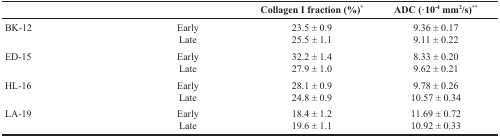
|  |  | Collagen I fraction (%)* | ADC (·10−4 mm2/s)** |
 | --- | --- | --- | --- |
 | BK-12 | EarlyLate | 23.5 ± 0.925.5 ± 1.1 | 9.36 ± 0.179.11 ± 0.22 |
 | ED-15 | EarlyLate | 32.2 ± 1.427.9 ± 1.0 | 8.33 ± 0.209.62 ± 0.21 |
 | HL-16 | EarlyLate | 28.1 ± 0.924.8 ± 0.9 | 9.78 ± 0.2610.57 ± 0.34 |
 | LA-19 | EarlyLate | 18.4 ± 1.219.6 ± 1.1 | 11.69 ± 0.7210.92 ± 0.33 |